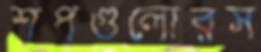
শপগুলোরস